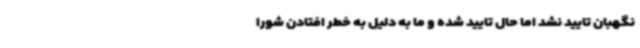
نگهبان تایید نشد اما حال تایید شده و ما به دلیل به خطر افتادن شورا